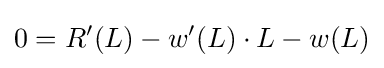
0=R'(L)-w'(L)\cdot L-w(L)